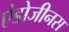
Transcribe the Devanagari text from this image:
एंडोजीनस